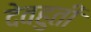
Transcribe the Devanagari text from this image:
देवहुती